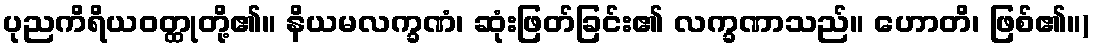
ပုညကိရိယဝတ္ထုတို့၏။ နိယမလက္ခဏံ၊ ဆုံးဖြတ်ခြင်း၏ လက္ခဏာသည်။ ဟောတိ၊ ဖြစ်၏။)